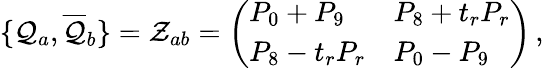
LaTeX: \{ {\cal{Q}}_{a},{\overline{{{\cal{Q}}}}}_{b}\} ={\cal{Z}}_{ab}=\left(\begin{array}{ll}{{P_{0}+P_{9}}}&{{P_{8}+t_{r}P_{r}}}\\ {{P_{8}-t_{r}P_{r}}}&{{P_{0}-P_{9}}}\end{array}\right)\, ,